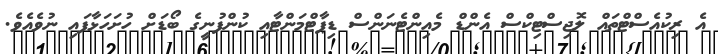
އެ ރިކުއެސްޓްތައް ލޮޖިސްޓިކްސް އެންޑް މެއިންޓެނަންސް ޑިޕާޓްމަންޓާއި ކުންފުނީގެ ބޯޑަށް ހުށަހަޅާފައި ނުވެއެވެ.